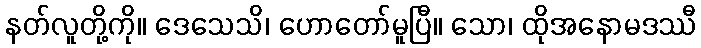
နတ်လူတို့ကို။ ဒေသေသိ၊ ဟောတော်မူပြီ။ သော၊ ထိုအနောမဒဿီ